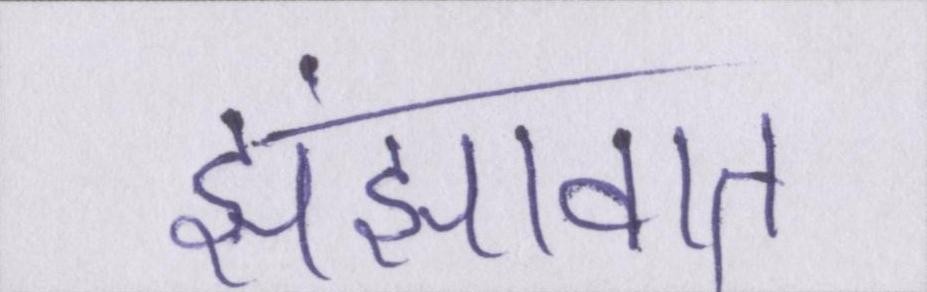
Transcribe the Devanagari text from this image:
झंझावात